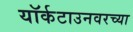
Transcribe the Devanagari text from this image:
यॉर्कटाउनवरच्या